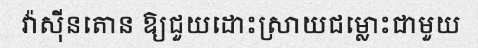
វ៉ាស៊ីនតោន ឱ្យជួយដោះស្រាយជម្លោះជាមួយ